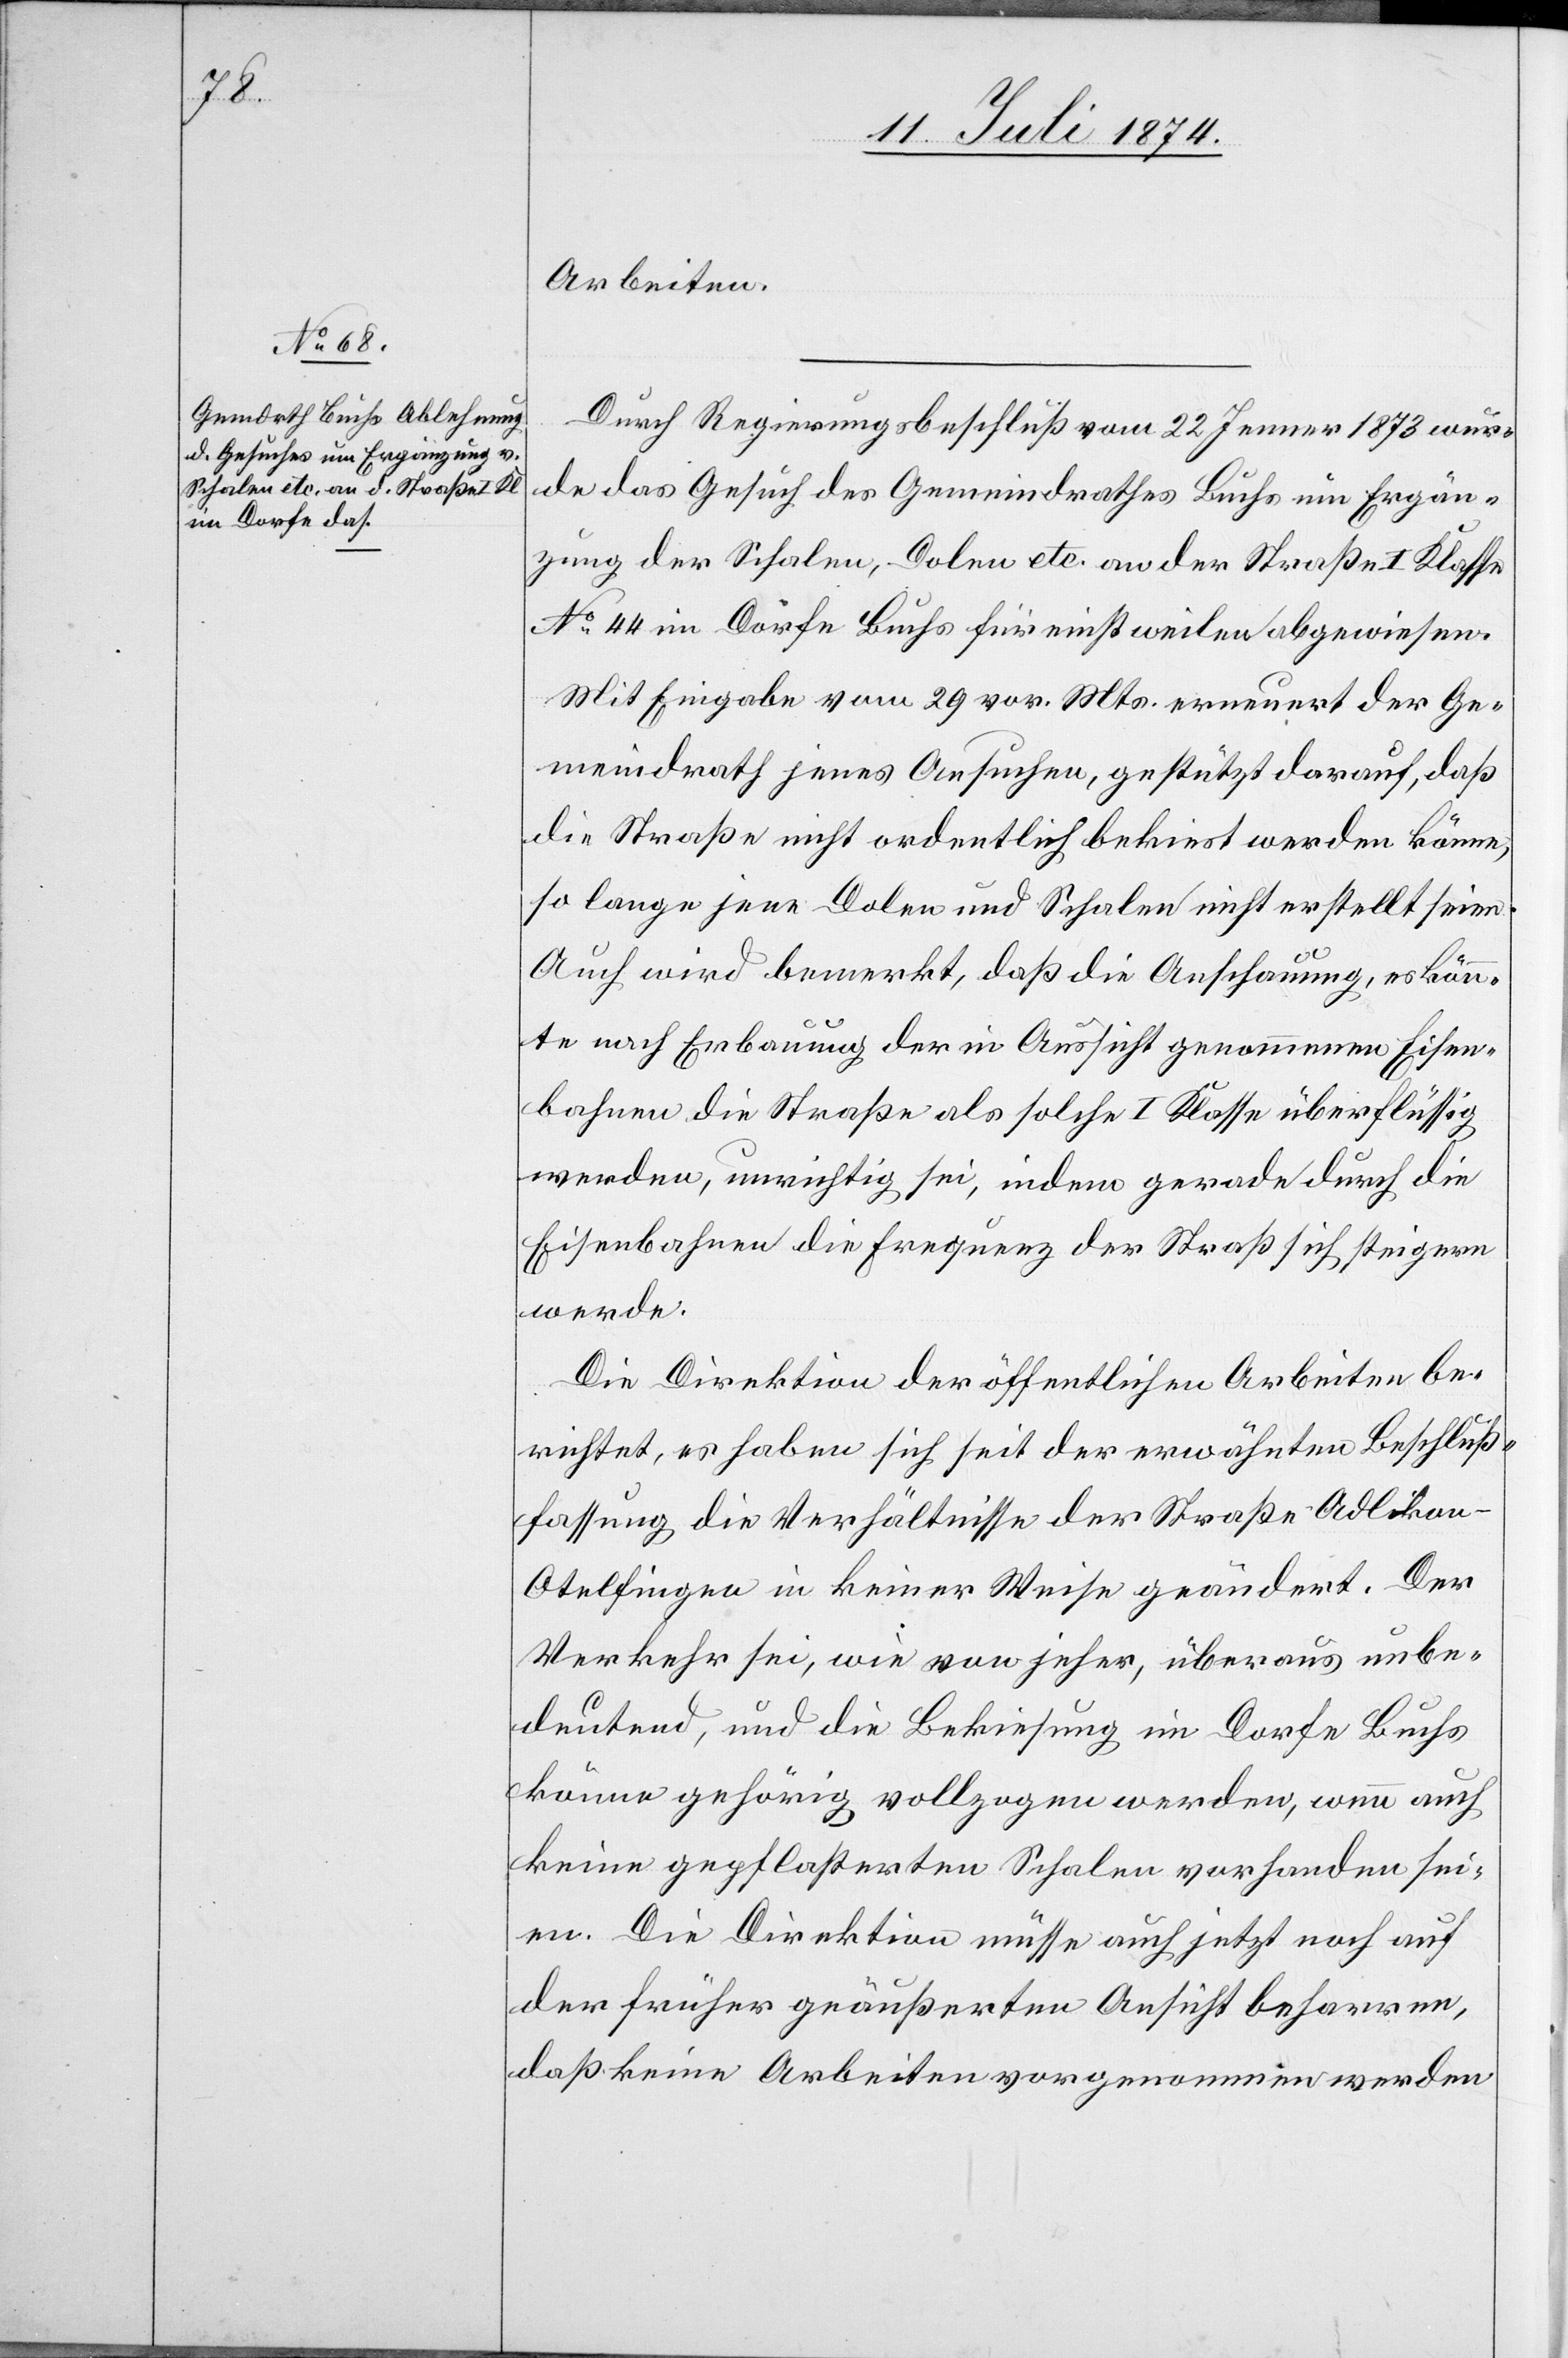
Arbeiten.
Durch Regierungsbeschluß vom 22. Jenner 1873 wur¬
de das Gesuch des Gemeindrathes Buchs um Ergän¬
zung der Schalen, Dolen etc. an der Straße I. Klasse
No 44 im Dorfe Buchs für einstweilen abgewiesen.
Mit Eingabe vom 29. vor. Mts. erneuert der Ge¬
meindrath jenes Ansuchen, gestützt darauf, daß
die Straße nicht ordentlich bekiest werden könne,
so lange jene Dolen und Schalen nicht erstellt seien.
Auch wird bemerkt, daß die Anschauung, es kön¬
nte nach Erbauung der in Aussicht genommenen Eisen¬
bahnen die Straße als solche I. Klasse überflüssig
werden, unrichtig sei, indem gerade durch die
Eisenbahnen die Frequenz der Straße sich steigern
werde.
Die Direktion der öffentlichen Arbeiten be¬
richtet, es haben sich seit der erwähnten Beschluß¬
fassung die Verhältnisse der Straße Adlikon–O¬
telfingen in keiner Weise geändert. Der
Verkehr sei, wie von jeher, überaus unbe¬
deutend, und die Bekiesung im Dorfe Buchs
könne gehörig vollzogen werden, wenn auch
keine gepflasterten Schalen vorhanden sei¬
en. Die Direktion müsse auch jetzt noch auf
der früher geäußerten Ansicht beharren,
daß keine Arbeiten vorgenommen werden